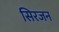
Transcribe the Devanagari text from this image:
सिरजन